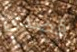
قصدى